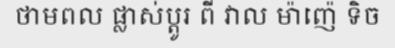
ថាមពល ផ្លាស់ប្តូរ ពី វាល ម៉ាញ៉េ ទិច